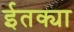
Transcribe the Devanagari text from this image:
ईतक्या